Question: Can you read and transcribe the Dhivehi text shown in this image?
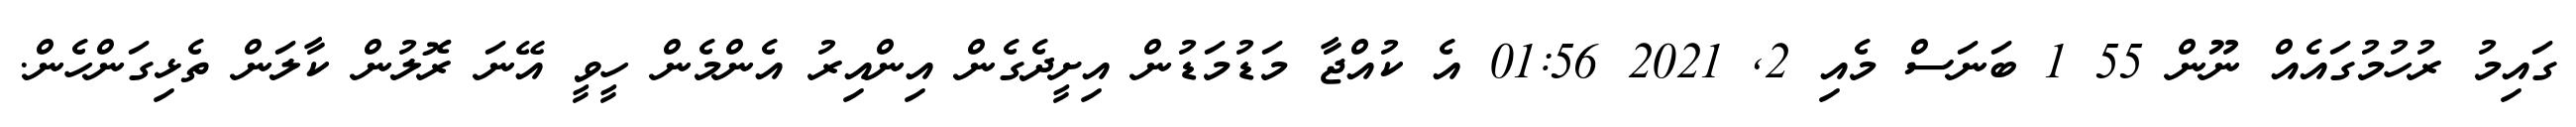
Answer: ގައިމު ރުހުމުގައެއް ނޫން 55 1 ބަނަސް މެއި 2, 2021 01:56 އެ ކުއްޖާ މަޑުމަޑުން އިށީދެގެން އިންއިރު އެންމެން ހީވީ އޭނަ ރޮލުން ކާލަން ތެޅިގަންހެން.